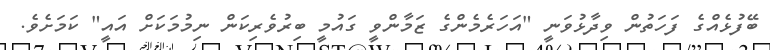
ބޭފުޅެއްގެ ފަހަތުން ވިދާޅުވަނީ "އަހަރެމެންގެ ޒަމާންވީ ގައުމީ ބިރުވެރިކަން ނިމުމަކަށް އައީ" ކަމަށެވެ.